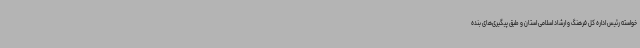
خواسته رئیس اداره کل فرهنگ و ارشاد اسلامی استان و طبق پیگیری‌های بنده